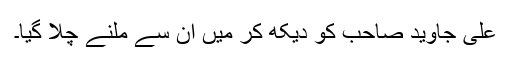
علی جاوید صاحب کو دیکھ کر میں ان سے ملنے چلا گیا۔